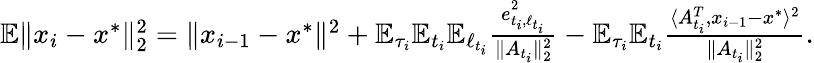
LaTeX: \begin{array}{r}{\mathbb{E}\| x_{i}-x^{*}\| _{2}^{2}=\| x_{i-1}-x^{*}\| ^{2}+\mathbb{E}_{\tau_{i}}\mathbb{E}_{t_{i}}\mathbb{E}_{\ell_{t_{i}}}\frac{e_{t_{i},\ell_{t_{i}}}^{2}}{\| A_{t_{i}}\| _{2}^{2}}-\mathbb{E}_{\tau_{i}}\mathbb{E}_{t_{i}}\frac{\langle A_{t_{i}}^{T},x_{i-1}-x^{*}\rangle^{2}}{\| A_{t_{i}}\| _{2}^{2}}.}\end{array}